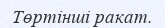
Төртінші ракат.